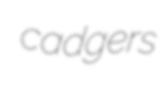
cadgers